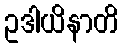
ဥဒါယိနာတိ